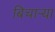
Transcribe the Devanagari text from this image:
बिचार्‍या